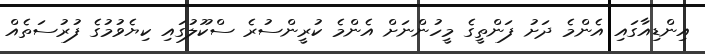
އިންޑިއާގައި އެންމެ ދަށު ފަންތީގެ މީހުންނަށް އެންމެ ކުރީންސުރެ ސްކޫލުގައި ކިޔެވުމުގެ ފުރުސަތެއް